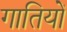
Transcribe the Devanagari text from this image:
गातियों